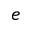
e